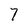
Character: 7